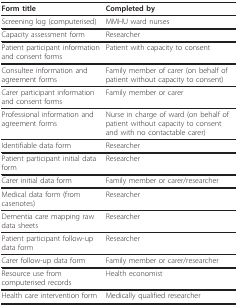
<table><thead><tr><td><b>Form title</b></td><td><b>Completed by</b></td></tr></thead><tbody><tr><td>Screening log (computerised)</td><td>MMHU ward nurses</td></tr><tr><td>Capacity assessment form</td><td>Researcher</td></tr><tr><td>Patient participant information and consent forms</td><td>Patient with capacity to consent</td></tr><tr><td>Consultee information and agreement forms</td><td>Family member of carer (on behalf of patient without capacity to consent)</td></tr><tr><td>Carer participant information and consent forms</td><td>Family member or carer</td></tr><tr><td>Professional information and agreement forms</td><td>Nurse in charge of ward (on behalf of patient without capacity to consent and with no contactable carer)</td></tr><tr><td>Identifiable data form</td><td>Researcher</td></tr><tr><td>Patient participant initial data form</td><td>Researcher</td></tr><tr><td>Carer initial data form</td><td>Family member or carer/researcher</td></tr><tr><td>Medical data form (from casenotes)</td><td>Researcher</td></tr><tr><td>Dementia care mapping raw data sheets</td><td>Researcher</td></tr><tr><td>Patient participant follow-up data form</td><td>Researcher</td></tr><tr><td>Carer follow-up data form</td><td>Family member or carer/researcher</td></tr><tr><td>Resource use from computerised records</td><td>Health economist</td></tr><tr><td>Health care intervention form</td><td>Medically qualified researcher</td></tr></tbody></table>